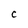
Character: C